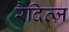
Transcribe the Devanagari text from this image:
रैदित्ज़